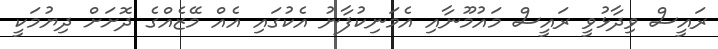
ރައީސް ވިދާޅުވީ ރައީސް މައުމޫނާއި އެމަނިކުފާނު އެކުގައި އެއް މޭޒެއްގެ ދޮށަށް ދިޔުމަކީ